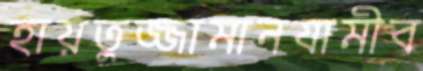
হায়তুজ্জামানযামীব